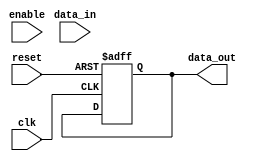
module SPI_Controller (
    input wire clk,
    input wire reset,
    input wire enable,
    input wire [7:0] data_in,
    output reg [7:0] data_out
);

reg [2:0] state;

always @(posedge clk or posedge reset) begin
    if (reset) begin
        state <= 0;
        data_out <= 0;
    end else begin
        case (state)
            0: begin
                // Generate clock signal for SPI communication
                // Update state
                state <= 1;
            end
            1: begin
                // Transmit data to slave device
                // Update state
                state <= 2;
            end
            2: begin
                // Receive data from slave device
                // Update state
                state <= 0;
            end
            default: state <= 0;
        endcase
    end
end

endmodule